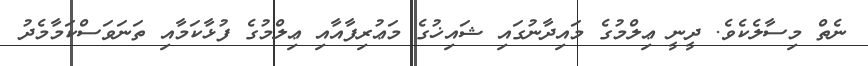
ނެތް މިސާލެކެވެ. ދީނީ ޢިލްމުގެ މައިދާނުގައި ޝައިޚުގެ މަޢުރިފާއާއި ޢިލްމުގެ ފުޅާކަމާއި ތަނަވަސްކަމާމެދު